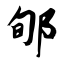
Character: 郇